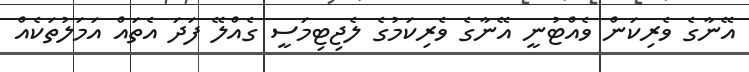
އޭނާގެ ވެރިކަން ވެއްޓުނީ އޭނާގެ ވެރިކަމުގެ ލެޖިޓިމަސީ ގެއްލޭ ފަދަ އެތައް އަމަލުތަކެއް